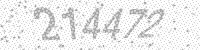
Solution: 214472